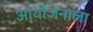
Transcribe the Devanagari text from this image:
आयोजनाला